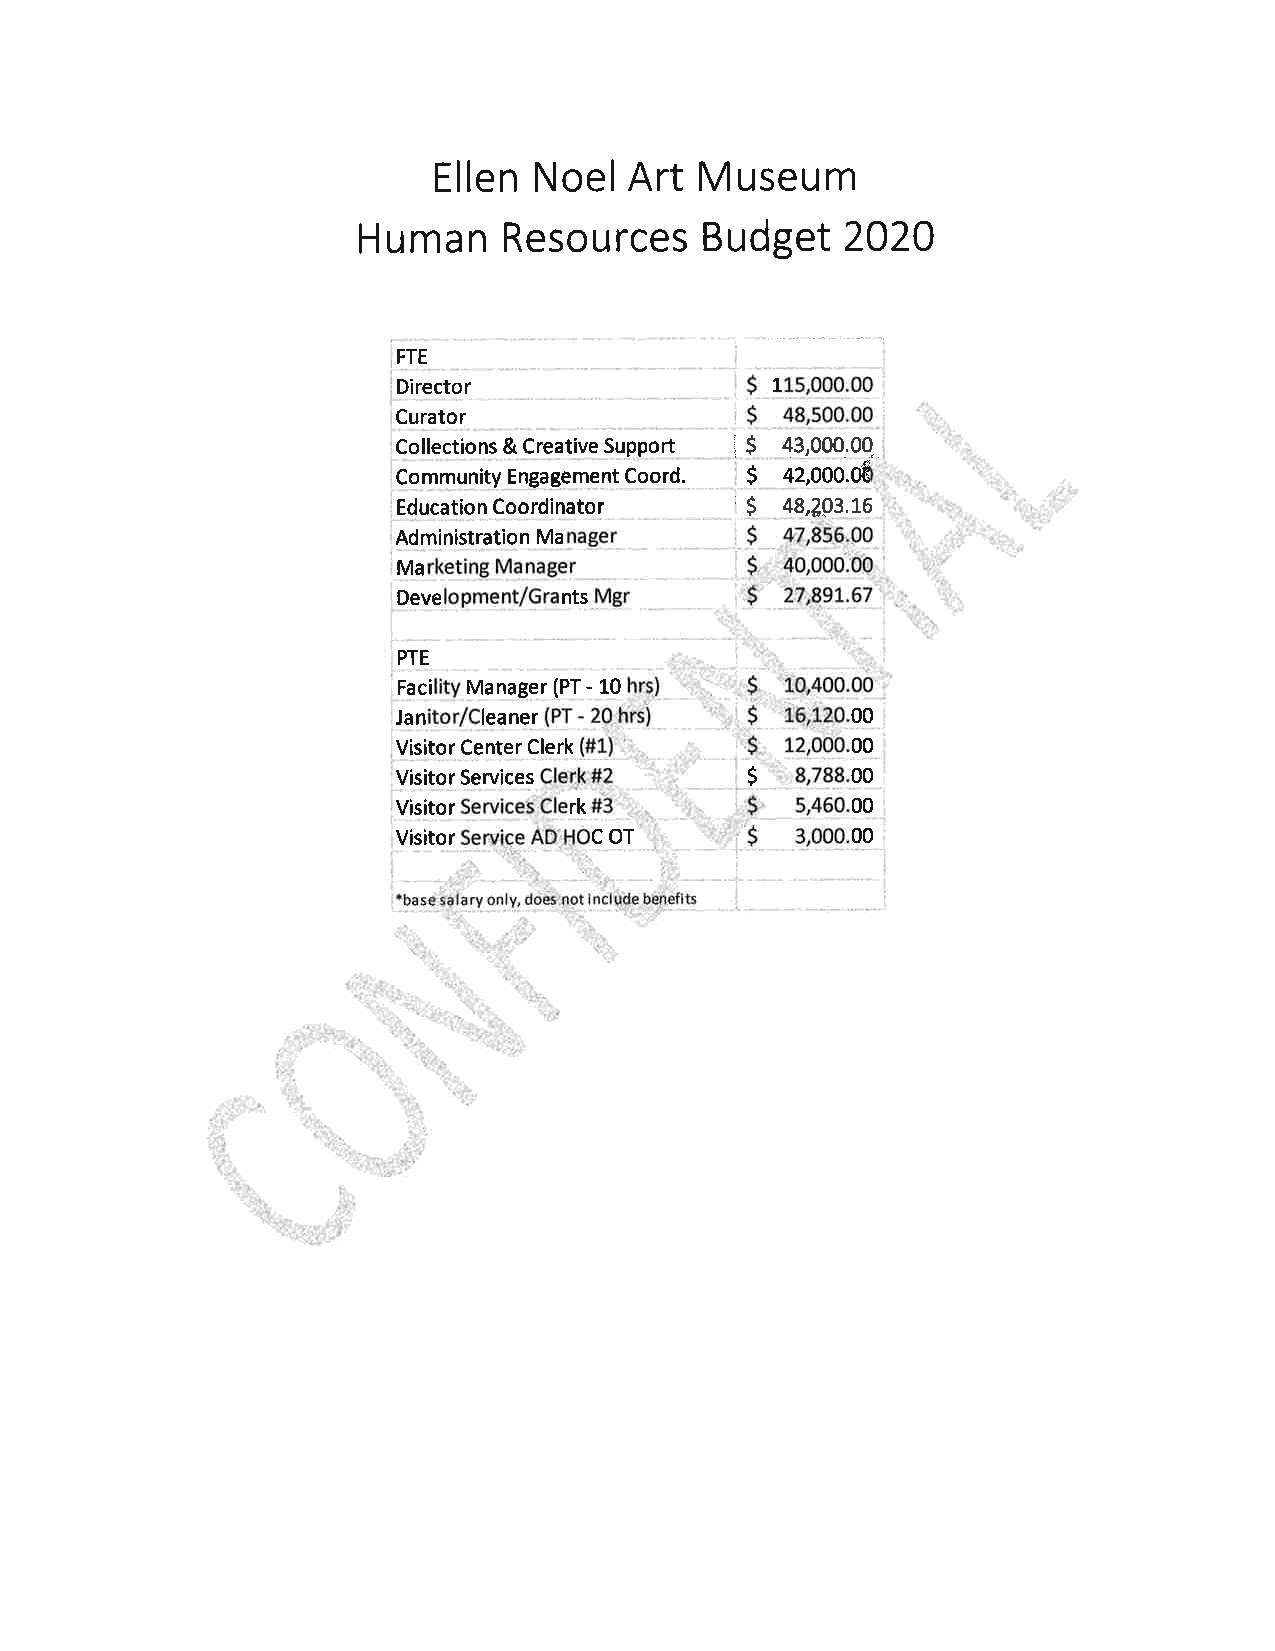
Ellen Noel   Art Museum
 ma  n Resou   rces  Budget   2020
 H u
 FTE
 Director                 L
 Curator
 $
 Collections & Creative Support i 43,ooo.oq
 S
 Community Engagement Coord. +z,ooo.ot
 S
 Education Coordinator  r  48,293.L6
 S
 Administration Ma
 ,gg,RiP*g0
 Ma                      $.x$b,oool&-
 Deve       nts
 PTE
 Faci Manager (PT - 10
 Jan   leaner                  00
 Visitor Center Clerk          00
 Visitor Services        s     00
 Visitor     rk                00
 Visitor      coT              00